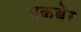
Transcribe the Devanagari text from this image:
मकबेर